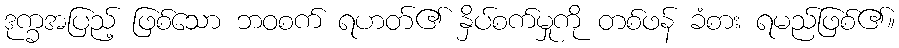
ဒုက္ခအပြည့် ဖြစ်သော ဘဝစက် ရဟတ်၏ နှိပ်စက်မှုကို တစ်ဖန် ခံစား ရမည်ဖြစ်၏။